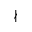
\nmid